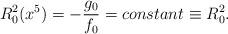
LaTeX: \begin{align*}R^2_0(x^5) = -\frac{g_0}{f_0} =constant \equiv R^2_0 .\end{align*}